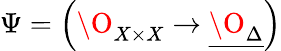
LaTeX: \Psi=\left(\O_{X\times X}\to\underline{{{\O_{\Delta}}}}\right)